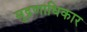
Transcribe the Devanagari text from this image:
मुद्रणाधिकार